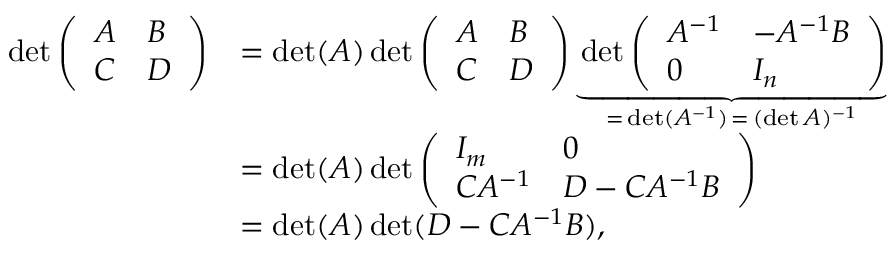
{ \begin{array} { r l } { \operatorname* { d e t } { \left( \begin{array} { l l } { A } & { B } \\ { C } & { D } \end{array} \right) } } & { = \operatorname* { d e t } ( A ) \operatorname* { d e t } { \left( \begin{array} { l l } { A } & { B } \\ { C } & { D } \end{array} \right) } \underbrace { \operatorname* { d e t } { \left( \begin{array} { l l } { A ^ { - 1 } } & { - A ^ { - 1 } B } \\ { 0 } & { I _ { n } } \end{array} \right) } } _ { = \, \operatorname* { d e t } ( A ^ { - 1 } ) \, = \, ( \operatorname* { d e t } A ) ^ { - 1 } } } \\ & { = \operatorname* { d e t } ( A ) \operatorname* { d e t } { \left( \begin{array} { l l } { I _ { m } } & { 0 } \\ { C A ^ { - 1 } } & { D - C A ^ { - 1 } B } \end{array} \right) } } \\ & { = \operatorname* { d e t } ( A ) \operatorname* { d e t } ( D - C A ^ { - 1 } B ) , } \end{array} }